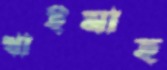
খাইমাহ